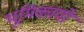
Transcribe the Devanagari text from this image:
भूमिकायो